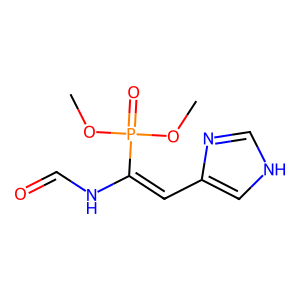
SMILES: COP(=O)(OC)C(=Cc1c[nH]cn1)NC=O
Inhibits HIV replication: No